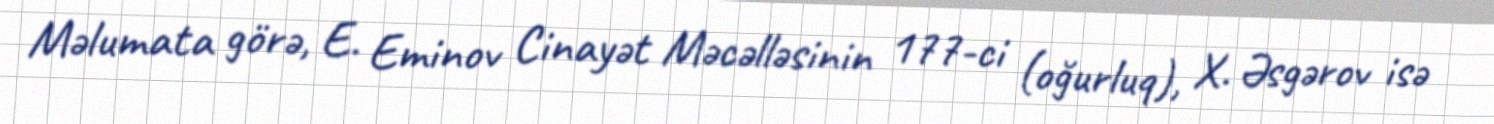
Məlumata görə, E. Eminov Cinayət Məcəlləsinin 177-ci (oğurluq), X. Əsgərov isə